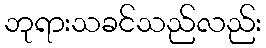
ဘုရားသခင်သည်လည်း